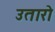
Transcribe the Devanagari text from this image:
उतारो